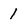
Character: 1